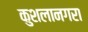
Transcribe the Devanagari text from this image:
कुशलानगरा